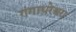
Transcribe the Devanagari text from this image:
गंगाधरेश्वरा